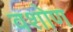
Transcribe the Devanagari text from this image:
वशोण